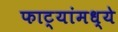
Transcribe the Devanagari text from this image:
फाट्यांमध्ये